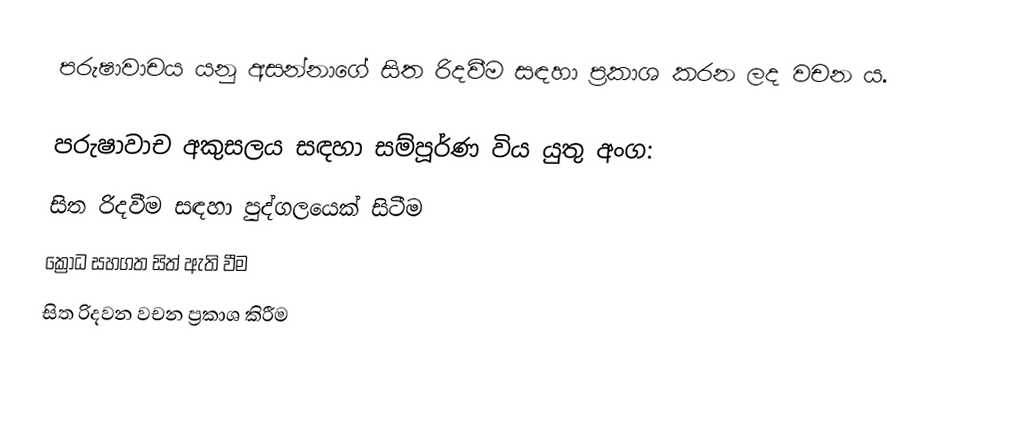
පරුෂාවාචය යනු අසන්නාගේ සිත රිදවීම සඳහා ප්‍රකාශ කරන ලද වචන ය. 

පරුෂාවාච අකුසලය සඳහා සම්පූර්ණ විය යුතු අංග:
 සිත රිදවීම සඳහා පුද්ගලයෙක් සිටීම
 ක්‍රෝධ සහගත සිත් ඇති වීම
 සිත රිදවන වචන ප්‍රකාශ කිරීම